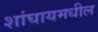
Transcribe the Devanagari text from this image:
शांघायमधील